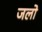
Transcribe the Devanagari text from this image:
जलो